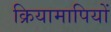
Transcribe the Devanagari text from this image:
क्रियामापियों